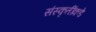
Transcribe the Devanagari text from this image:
संस्कृतींकडे